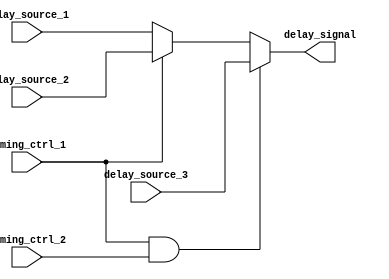
module Multiplexer_Delay(
    input wire timing_ctrl_1,
    input wire timing_ctrl_2,
    input wire delay_source_1,
    input wire delay_source_2,
    input wire delay_source_3,
    output reg delay_signal
);

always @ (timing_ctrl_1, timing_ctrl_2, delay_source_1, delay_source_2, delay_source_3)
begin
    if (timing_ctrl_1 && timing_ctrl_2)
        delay_signal <= delay_source_3;
    else if (timing_ctrl_1)
        delay_signal <= delay_source_2;
    else
        delay_signal <= delay_source_1;
end

endmodule